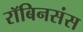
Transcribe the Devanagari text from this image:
रॉबिनसंस